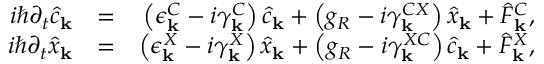
\begin{array} { r l r } { i \hbar \partial _ { t } \hat { c } _ { \bf k } } & { = } & { \left( \epsilon _ { \bf k } ^ { C } - i \gamma _ { \bf k } ^ { C } \right) \hat { c } _ { \bf k } + \left( g _ { R } - i \gamma _ { \bf k } ^ { C X } \right) \hat { x } _ { \bf k } + \hat { F } _ { \bf k } ^ { C } , } \\ { i \hbar \partial _ { t } \hat { x } _ { \bf k } } & { = } & { \left( \epsilon _ { \bf k } ^ { X } - i \gamma _ { \bf k } ^ { X } \right) \hat { x } _ { \bf k } + \left( g _ { R } - i \gamma _ { \bf k } ^ { X C } \right) \hat { c } _ { \bf k } + \hat { F } _ { \bf k } ^ { X } , } \end{array}